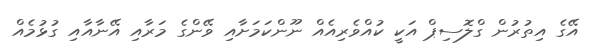
އޭގެ އިތުރުން ގްލޮސިޕް އަކީ ކުއްވެރިއެއް ނޫންކަމަށާއި ވޭންގެ މަރާއި އޭނާއާއި ގުޅުމެއް